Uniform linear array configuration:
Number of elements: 12
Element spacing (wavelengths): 0.25
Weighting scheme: cosine
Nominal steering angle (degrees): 30
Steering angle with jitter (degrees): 31.231
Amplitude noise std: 0.05
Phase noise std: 0.05

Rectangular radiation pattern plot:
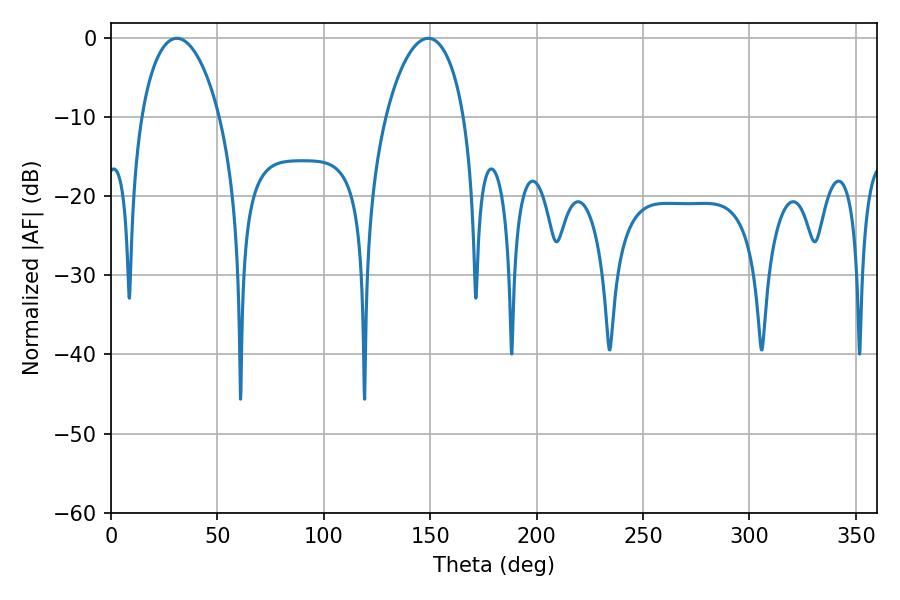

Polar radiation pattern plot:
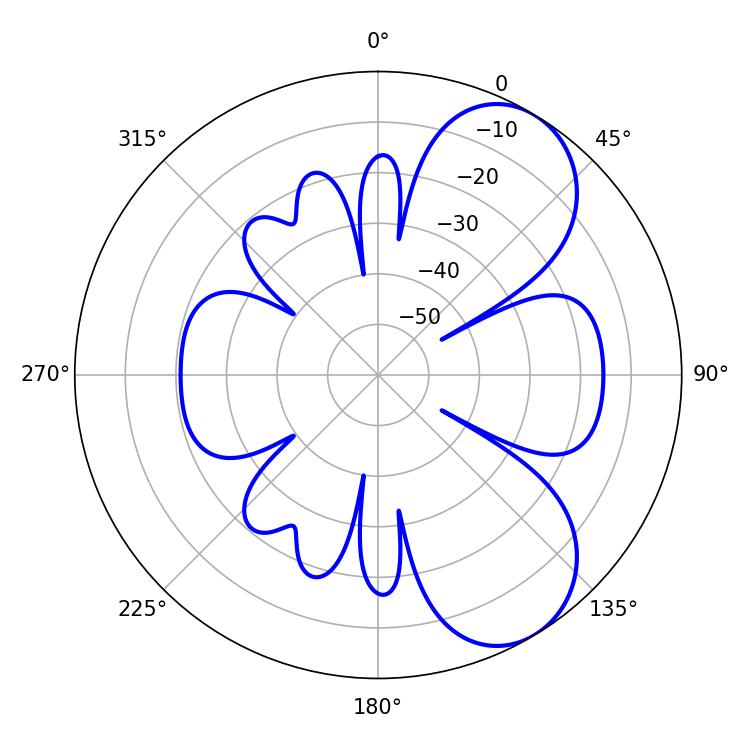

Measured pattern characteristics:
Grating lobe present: FALSE
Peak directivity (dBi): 6.913
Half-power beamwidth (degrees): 20.88
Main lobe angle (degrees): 30.96